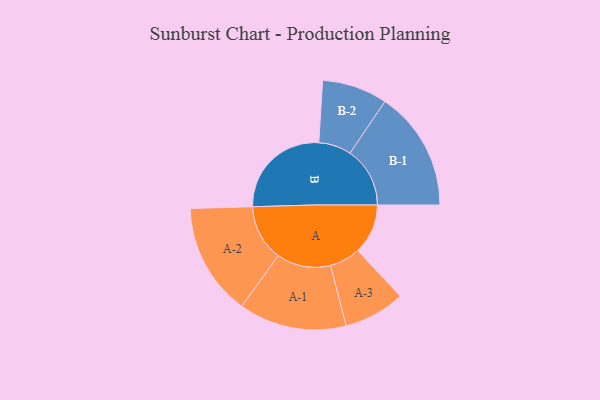
{"axis": {"x": "Segment", "y": "Value"}, "legend": ["", "A", "B"], "data": [{"x": "A", "y": 175, "type": ""}, {"x": "B", "y": 355, "type": ""}, {"x": "A-1", "y": 188, "type": "A"}, {"x": "A-2", "y": 196, "type": "A"}, {"x": "A-3", "y": 107, "type": "A"}, {"x": "B-1", "y": 209, "type": "B"}, {"x": "B-2", "y": 114, "type": "B"}]}